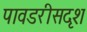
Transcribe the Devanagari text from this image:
पावडरीसदृश